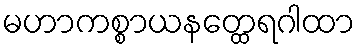
မဟာကစ္စာယနတ္ထေရဂါထာ